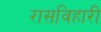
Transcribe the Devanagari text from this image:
रासविहारी